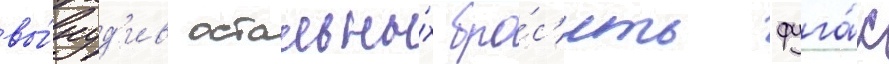
вы́нуд'ив остальны́х бро́с'ить фуга́с